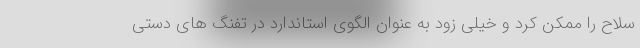
سلاح را ممکن کرد و خیلی زود به عنوان الگوی استاندارد در تفنگ های دستی